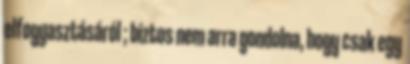
elfogyasztásáról ; biztos nem arra gondolna, hogy csak egy